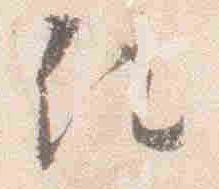
任